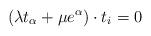
LaTeX: \begin{align*}(\lambda t_\alpha + \mu e^{\alpha}) \cdot t_i = 0\end{align*}